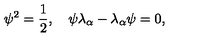
\psi ^ { 2 } = { \frac { 1 } { 2 } } , \quad \psi \lambda _ { \alpha } - \lambda _ { \alpha } \psi = 0 ,